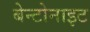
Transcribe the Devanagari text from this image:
बेन्टोनाइट